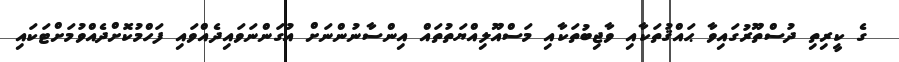
ގެ ކީރިތި ދުސްތޫރުގައިވާ ޙައްޤުތަކާއި ވާޖިބުތަކާއި މަސްއޫލިއްޔަތުތައް އިންސާނުންނަށް އުގަންނަވައިދެއްވައި ފަހްމުކޮށްދެއްވުމަށްޓަކައި